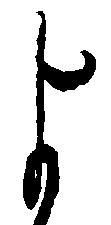
よ